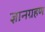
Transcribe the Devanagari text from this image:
ज्ञानग्रहण